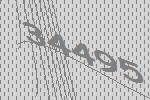
34495